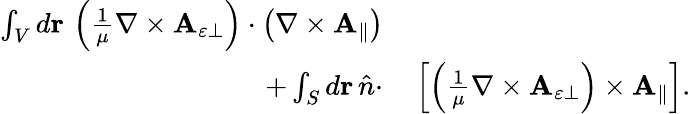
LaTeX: \begin{array}{rl}{\int_{V}d\mathbf{r}\, \left(\frac{1}{\mu}\nabla\times\mathbf{A}_{\varepsilon\perp}\right)\cdot\left(\nabla\times\mathbf{A}_{\parallel}\right)}&{{}}\\ {+\int_{S}d\mathbf{r}\, \hat{n}\cdot}&{{}\left[\left(\frac{1}{\mu}\nabla\times\mathbf{A}_{\varepsilon\perp}\right)\times\mathbf{A}_{\parallel}\right].}\end{array}